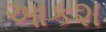
આકશ